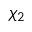
\chi _ { 2 }